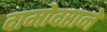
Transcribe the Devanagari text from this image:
दामोदराने